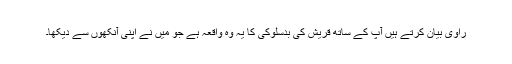
راوی بیان کرتے ہیں آپؐ کے ساتھ قریش کی بدسلوکی کا یہ وہ واقعہ ہے جو مَیں نے اپنی آنکھوں سے دیکھا۔